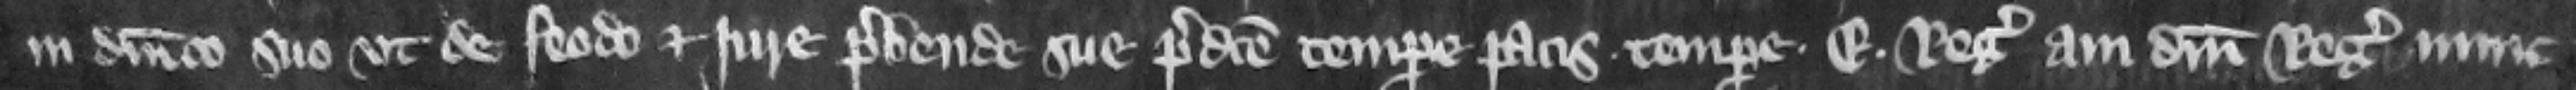
in dominico suo vt de feodo et iure prebende sue predicte tempore pacis. Tempore. E. Regis aui domini regis nunc